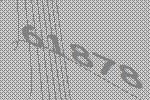
61878